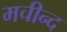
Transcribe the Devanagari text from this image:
मचीन्‍द